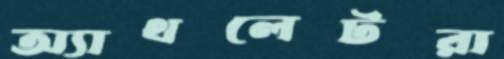
অ্যাথলেটরা